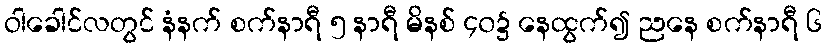
ဝါခေါင်လတွင် နံနက် စက်နာရီ ၅ နာရီ မိနစ် ၄၀၌ နေထွက်၍ ညနေ စက်နာရီ ၆